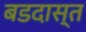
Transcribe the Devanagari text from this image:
बडदास्त